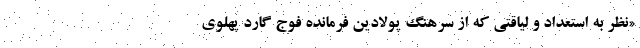
«نظر به استعداد و لیاقتی که از سرهنگ پولادین فرمانده فوج گارد پهلوی